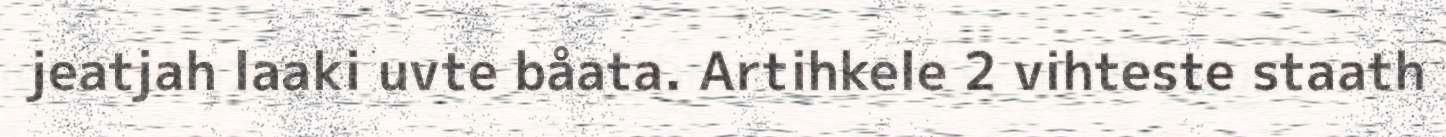
jeatjah laaki uvte båata. Artihkele 2 vihteste staath